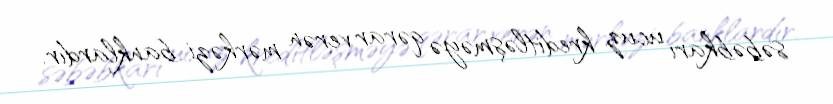
səbəbkarı ucuz kreditləşməyə qərar verən mərkəzi banklardır.